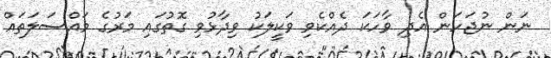
ނަން ނުޖަހަން އެދި ވާހަކަ ދެއްކެވި ވަކީލަކު ވިދާޅުވި ގޮތުގައި މަރުގެ މައްސަލަތައް